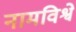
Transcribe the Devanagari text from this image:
नामविश्वे